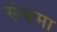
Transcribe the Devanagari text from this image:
संभ्रमा